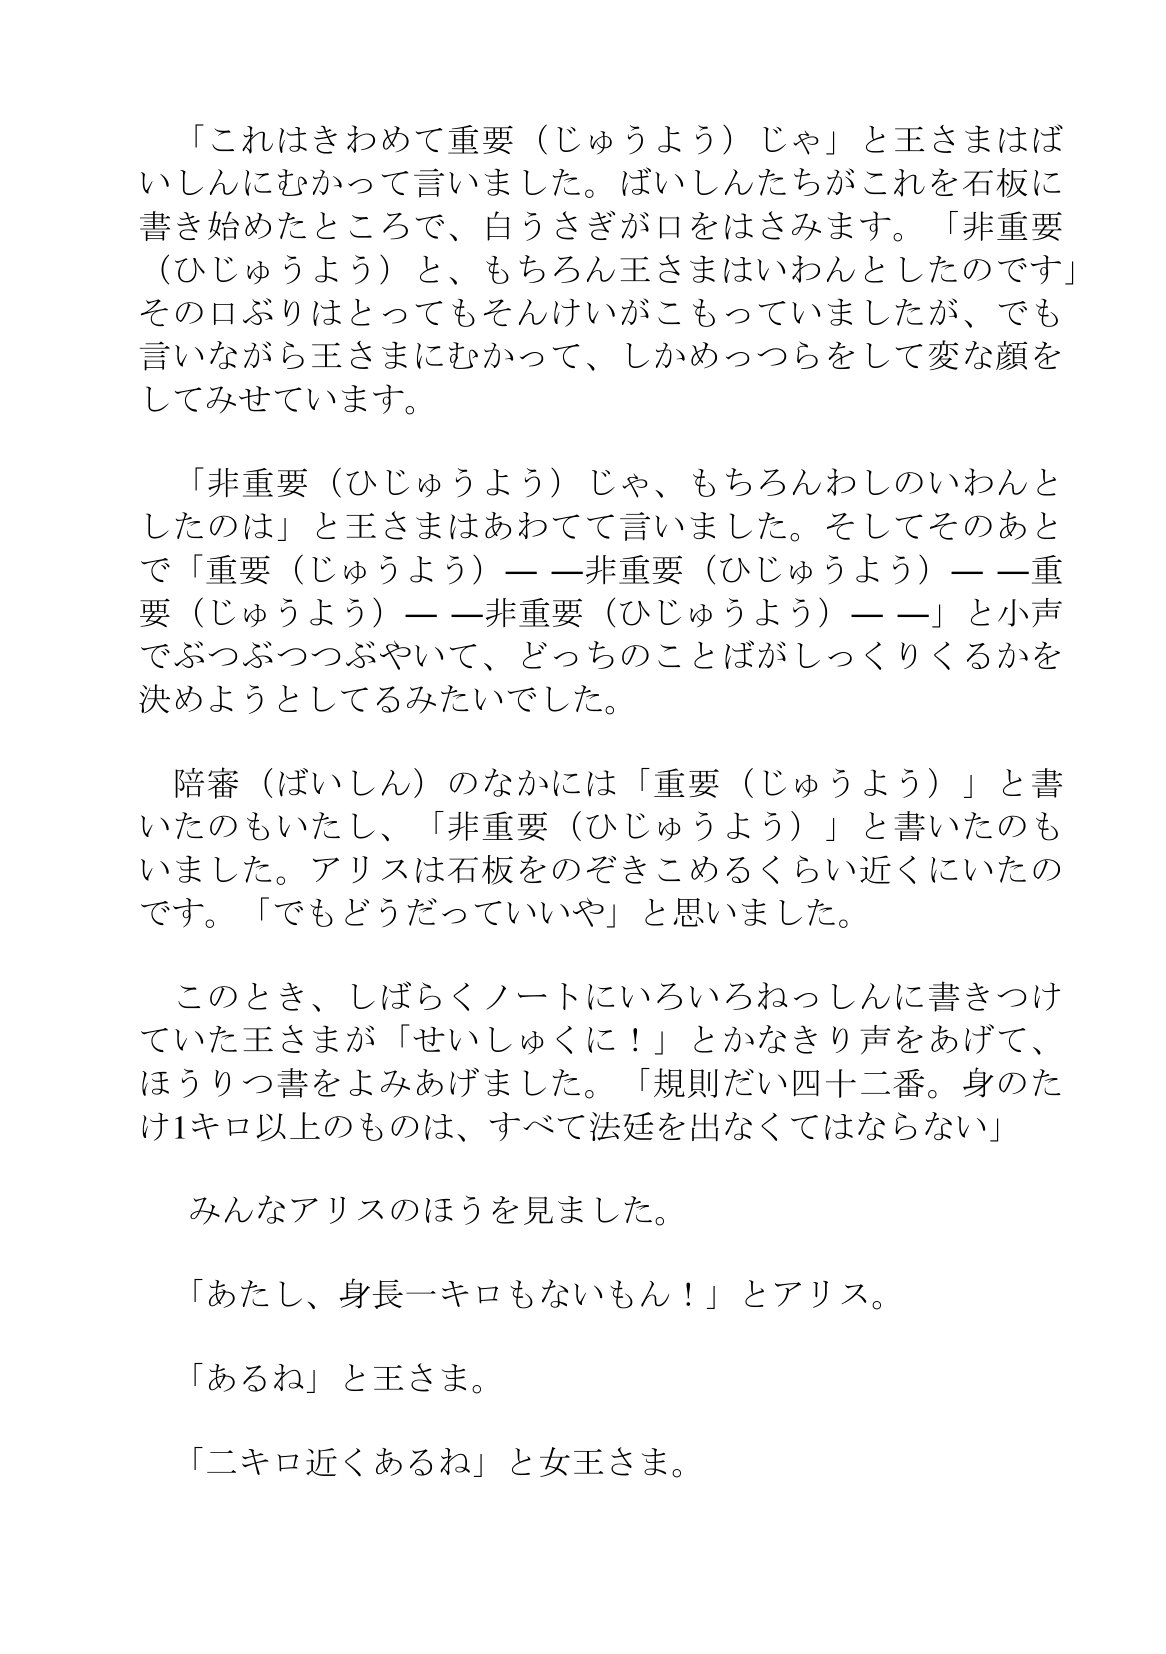
Language: ja